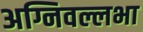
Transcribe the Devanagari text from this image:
अग्निवल्लभा